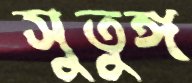
সুতুঙ্গ